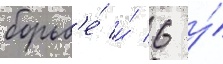
борьб'е́ и́ 6 у́